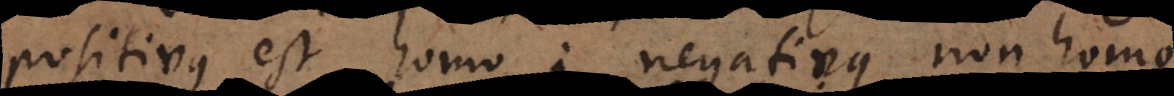
positivus est homo; negativus non homo.